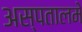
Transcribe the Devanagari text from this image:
अस्पतालमे